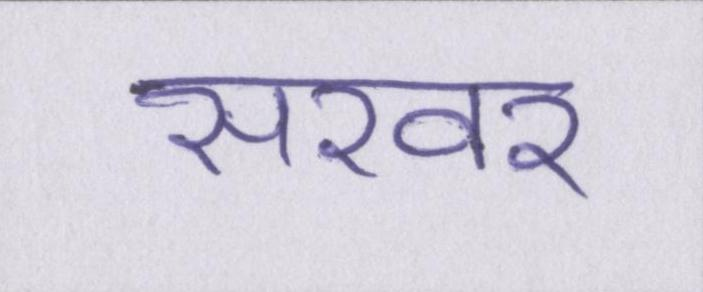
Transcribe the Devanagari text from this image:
सरवर